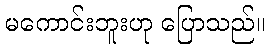
မကောင်းဘူးဟု ပြောသည်။